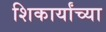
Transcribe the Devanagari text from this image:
शिकार्यांच्या